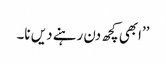
’’ابھی کچھ دن رہنے دیں نا۔